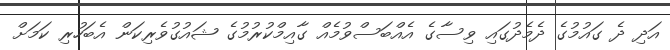
އަދި ދެ ގައުމުގެ ދެމެދުގައި ވިސާގެ އެއްބަސްވުމެއް ގާއިމްކުރުމުގެ ޝައުގުވެރިކަން އެބަހުރި ކަމަށް